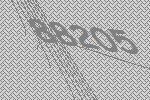
88205